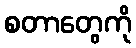
စတာတွေကို